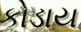
કોડાય